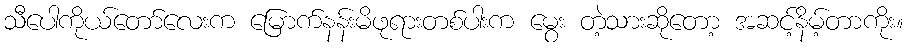
သီပေါကိုယ်တော်လေးက မြောက်နန်းမိဖုရားတစ်ပါးက မွေး တဲ့သားဆိုတော့ အဆင့်နိမ့်တာကိုး။